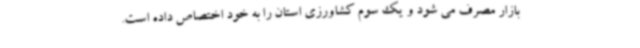
بازار مصرف می شود و یک سوم کشاورزی استان را به خود اختصاص داده است.